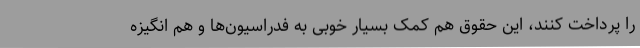
را پرداخت کنند، این حقوق هم کمک بسیار خوبی به فدراسیون‌ها و هم انگیزه